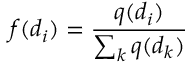
f ( d _ { i } ) = \frac { q ( d _ { i } ) } { \sum _ { k } q ( d _ { k } ) }